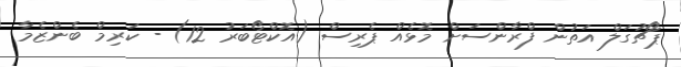
ޕޯޗުގަލް އަތުން ފްރާންސަށް މޮޅެއް ޕެރިސް (އޮކްޓޯބަރު 12) - ކަރިމް ބެންޒެމާ